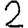
Digit: 2